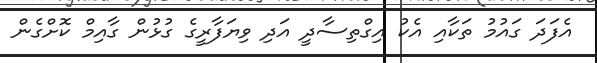
އެފަދަ ގައުމު ތަކާއި އެކު އިގްތިސާދީ އަދި ވިޔަފާރީގެ ގުޅުން ގާއިމް ކޮށްގެން